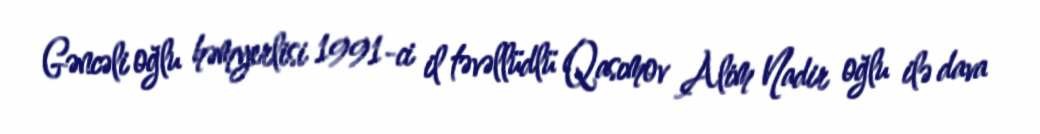
Gəncəli oğlu həmyerlisi 1991-ci il təvəllüdlü Qasımov Alim Nadir oğlu ilə dava